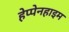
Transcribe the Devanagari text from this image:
हेप्पेनहाइम